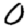
Digit: 0